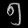
Digit: ၅